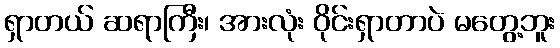
ရှာတယ် ဆရာကြီး၊ အားလုံး ဝိုင်းရှာတာပဲ မတွေ့ဘူး